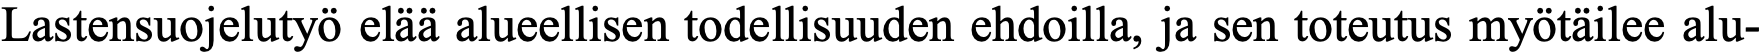
Lastensuojelutyö elää alueellisen todellisuuden ehdoilla, ja sen toteutus myötäilee alu-